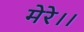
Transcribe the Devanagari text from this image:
मेरे।।